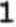
1